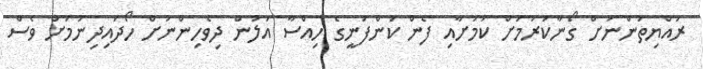
ރައްޔިތުންނަށް ގޯނާކުރުމަށް ކަމަށާއި ފެން ކުންފުނީގެ ހިއްސާ އަލުން ދިވެހިންނަށް ހޯދައިދިނުމަށް ވެސް